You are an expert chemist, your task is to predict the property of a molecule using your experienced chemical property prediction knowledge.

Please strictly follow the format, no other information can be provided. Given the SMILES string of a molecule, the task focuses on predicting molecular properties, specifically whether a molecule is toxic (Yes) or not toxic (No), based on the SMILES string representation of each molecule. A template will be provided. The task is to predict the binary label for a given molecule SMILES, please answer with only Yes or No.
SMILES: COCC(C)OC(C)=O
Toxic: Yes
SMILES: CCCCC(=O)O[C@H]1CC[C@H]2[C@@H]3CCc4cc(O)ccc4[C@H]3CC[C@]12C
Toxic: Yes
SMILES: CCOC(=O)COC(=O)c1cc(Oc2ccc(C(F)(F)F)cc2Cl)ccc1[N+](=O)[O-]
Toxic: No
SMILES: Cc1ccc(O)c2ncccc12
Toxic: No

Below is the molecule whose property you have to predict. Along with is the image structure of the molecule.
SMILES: OC[C@H]1O[C@@H](n2cnc3c(O)ncnc32)[C@H](O)[C@@H]1O
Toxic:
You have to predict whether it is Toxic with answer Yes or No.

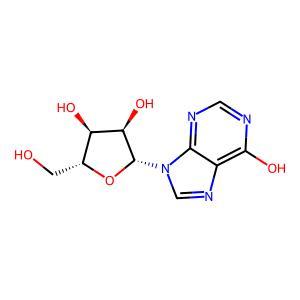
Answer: No